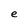
Character: e